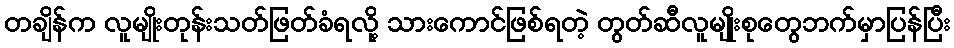
တချိန်က လူမျိုးတုန်းသတ်ဖြတ်ခံရလို့ သားကောင်ဖြစ်ရတဲ့ တွတ်ဆီလူမျိုးစုတွေဘက်မှာပြန်ပြီး